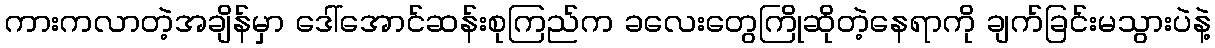
ကားကလာတဲ့အချိန်မှာ ဒေါ်အောင်ဆန်းစုကြည်က ခလေးတွေကြိုဆိုတဲ့နေရာကို ချက်ခြင်းမသွားပဲနဲ့